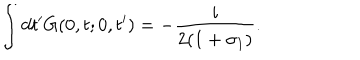
LaTeX: \int d t ^ { \prime } G ( 0 , t ; 0 , t ^ { \prime } ) = - \frac { i } { 2 ( 1 + \sigma _ { 1 } ) } .